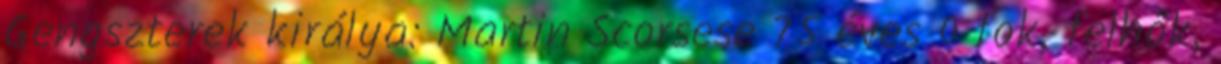
Gengszterek királya: Martin Scorsese 75 éves 0 fok, felhők,